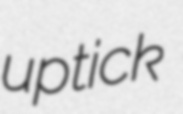
uptick